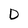
Character: D